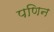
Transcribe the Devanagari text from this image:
पणिन